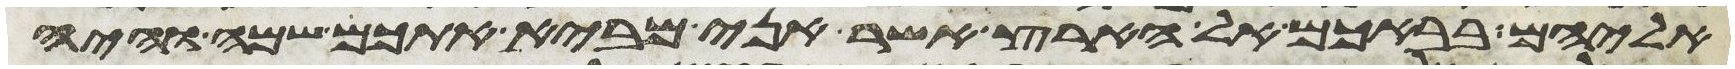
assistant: אליהם בבאכם אל הארץ אשר אני מביא אתכם שמה והיה